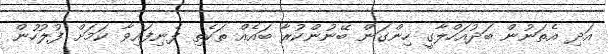
އަދި އެތަނުން ބަދުއަހްލާގީ ހިންގަން ބޭނުންކުރާ ބައެއް ތަކެތި ފެނިފައިވާ ކަމަށް ފުލުހުން